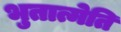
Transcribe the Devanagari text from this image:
भुतात्मेति